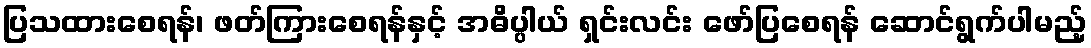
ပြသထားစေရန်၊ ဖတ်ကြားစေရန်နှင့် အဓိပ္ပါယ် ရှင်းလင်း ဖော်ပြစေရန် ဆောင်ရွက်ပါမည့်